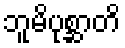
ဘူမိပုစ္ဆာတိ